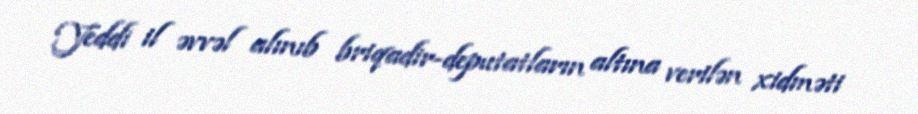
Yeddi il əvvəl alınıb briqadir-deputatların altına verilən xidməti